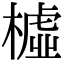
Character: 𣚛